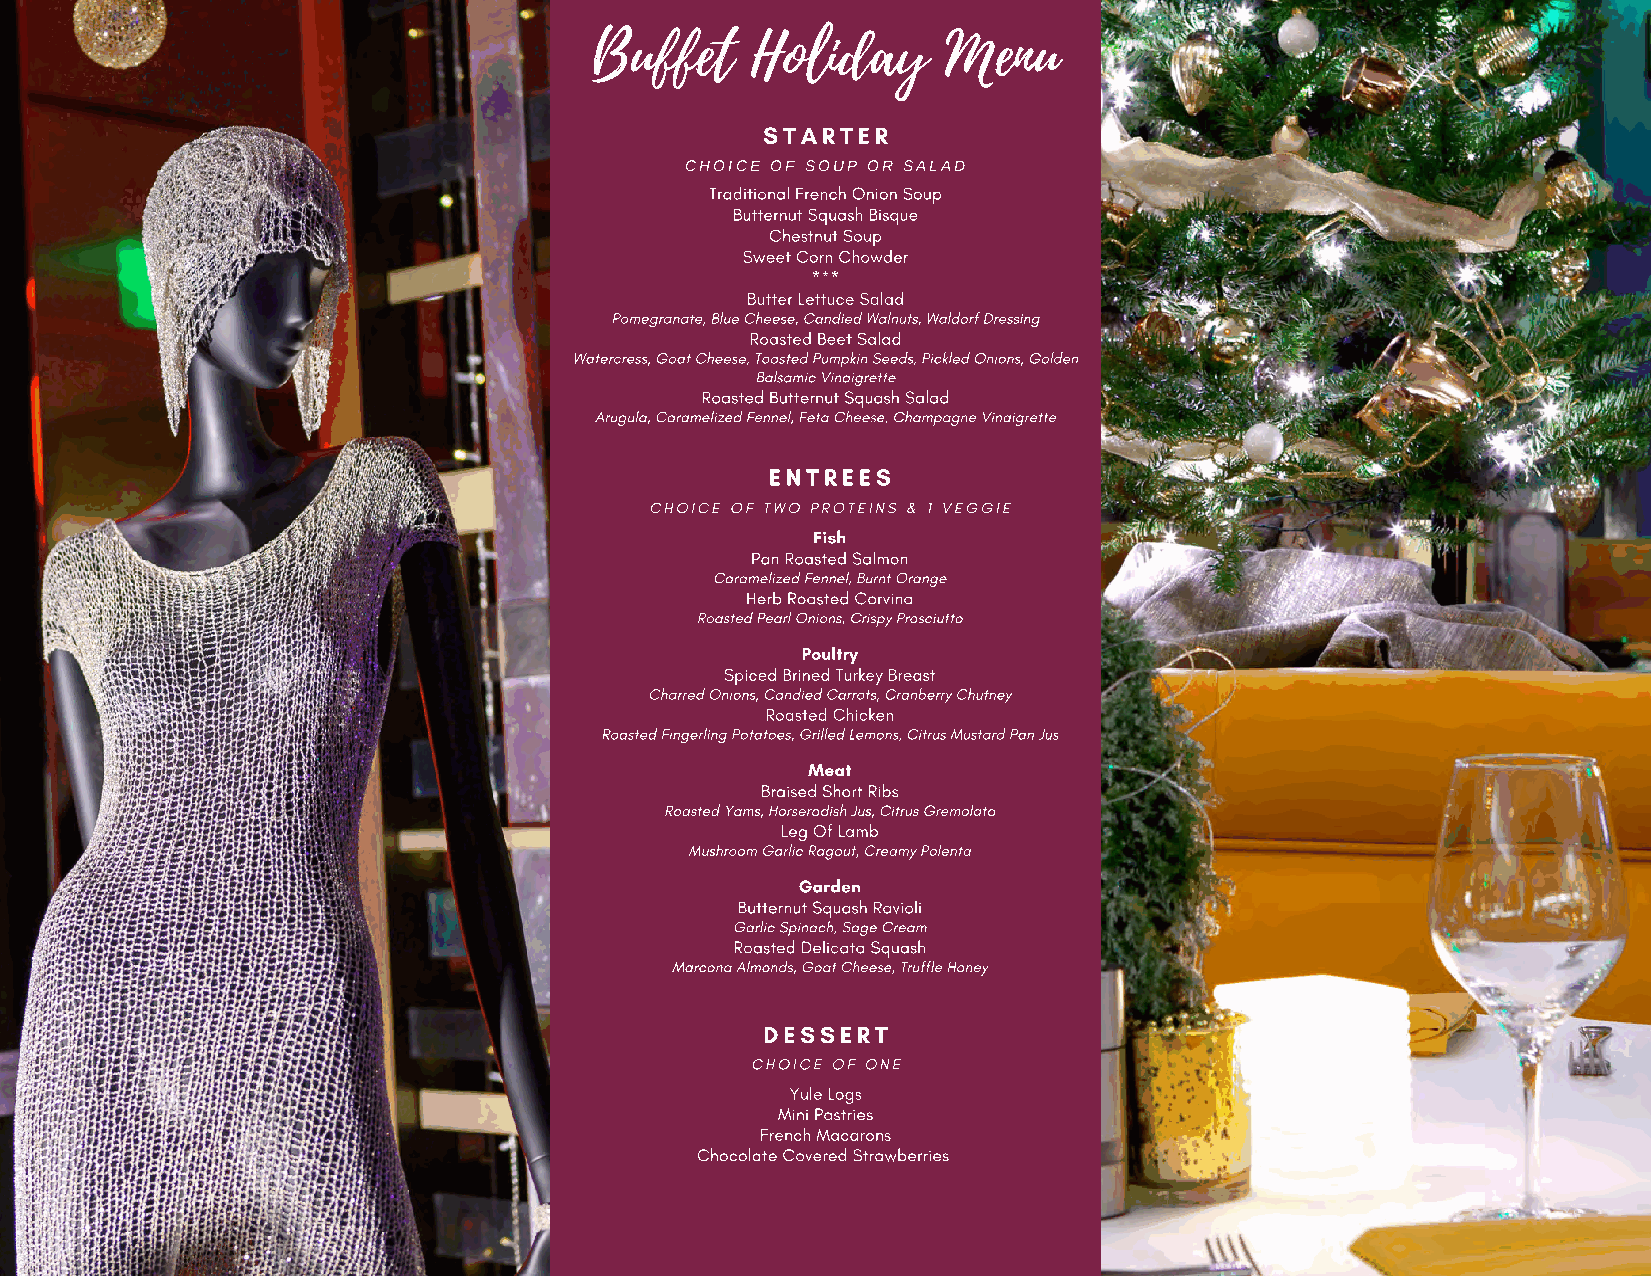
Buffet     Holiday      Menu
 STARTER
 CHOICE OF SOUP OR SALAD
 Traditional French Onion Soup
 Butternut Squash Bisque
 Chestnut Soup
 Sweet Corn Chowder
 ***
 Butter Lettuce Salad
 Pomegranate, Blue Cheese, Candied Walnuts, Waldorf Dressing
 Roasted Beet Salad
 Watercress, Goat Cheese, Toasted Pumpkin Seeds, Pickled Onions, Golden
 Balsamic Vinaigrette
 Roasted Butternut Squash Salad
 Arugula, Caramelized Fennel, Feta Cheese, Champagne Vinaigrette
 ENTREES
 CHOICE OF TWO PROTEINS & 1 VEGGIE
 Fish
 Pan Roasted Salmon
 Caramelized Fennel, Burnt Orange
 Herb Roasted Corvina
 Roasted Pearl Onions, Crispy Prosciutto
 Poultry
 Spiced Brined Turkey Breast
 Charred Onions, Candied Carrots, Cranberry Chutney
 Roasted Chicken
 Roasted Fingerling Potatoes, Grilled Lemons, Citrus Mustard Pan Jus
 Meat
 Braised Short Ribs
 Roasted Yams, Horseradish Jus, Citrus Gremolata
 Leg Of Lamb
 Mushroom Garlic Ragout, Creamy Polenta
 Garden
 Butternut Squash Ravioli
 Garlic Spinach, Sage Cream
 Roasted Delicata Squash
 Marcona Almonds, Goat Cheese, Truffle Honey
 DESSERT
 CHOICE OF ONE
 Yule Logs
 Mini Pastries
 French Macarons
 Chocolate Covered Strawberries